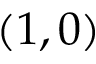
( 1 , 0 )